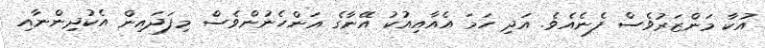
އުކާ މަންޒަރުވެސް ފެނެއެވެ. އަދި ހަމަ އެއާއިއުކު އޭނާގެ އަންހެނުންވެސް މިފަދައިން އެކުދިންނާއި